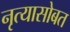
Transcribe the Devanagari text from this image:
नृत्यासोबत